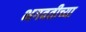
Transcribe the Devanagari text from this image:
भगवतीच्या